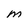
Character: M